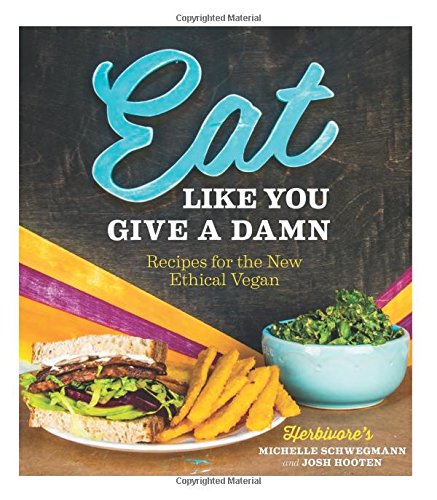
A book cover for Eat Like You Give a Damn: Recipes for the New Ethical Vegan; Michelle Schwegmann; Cookbooks, Food & Wine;